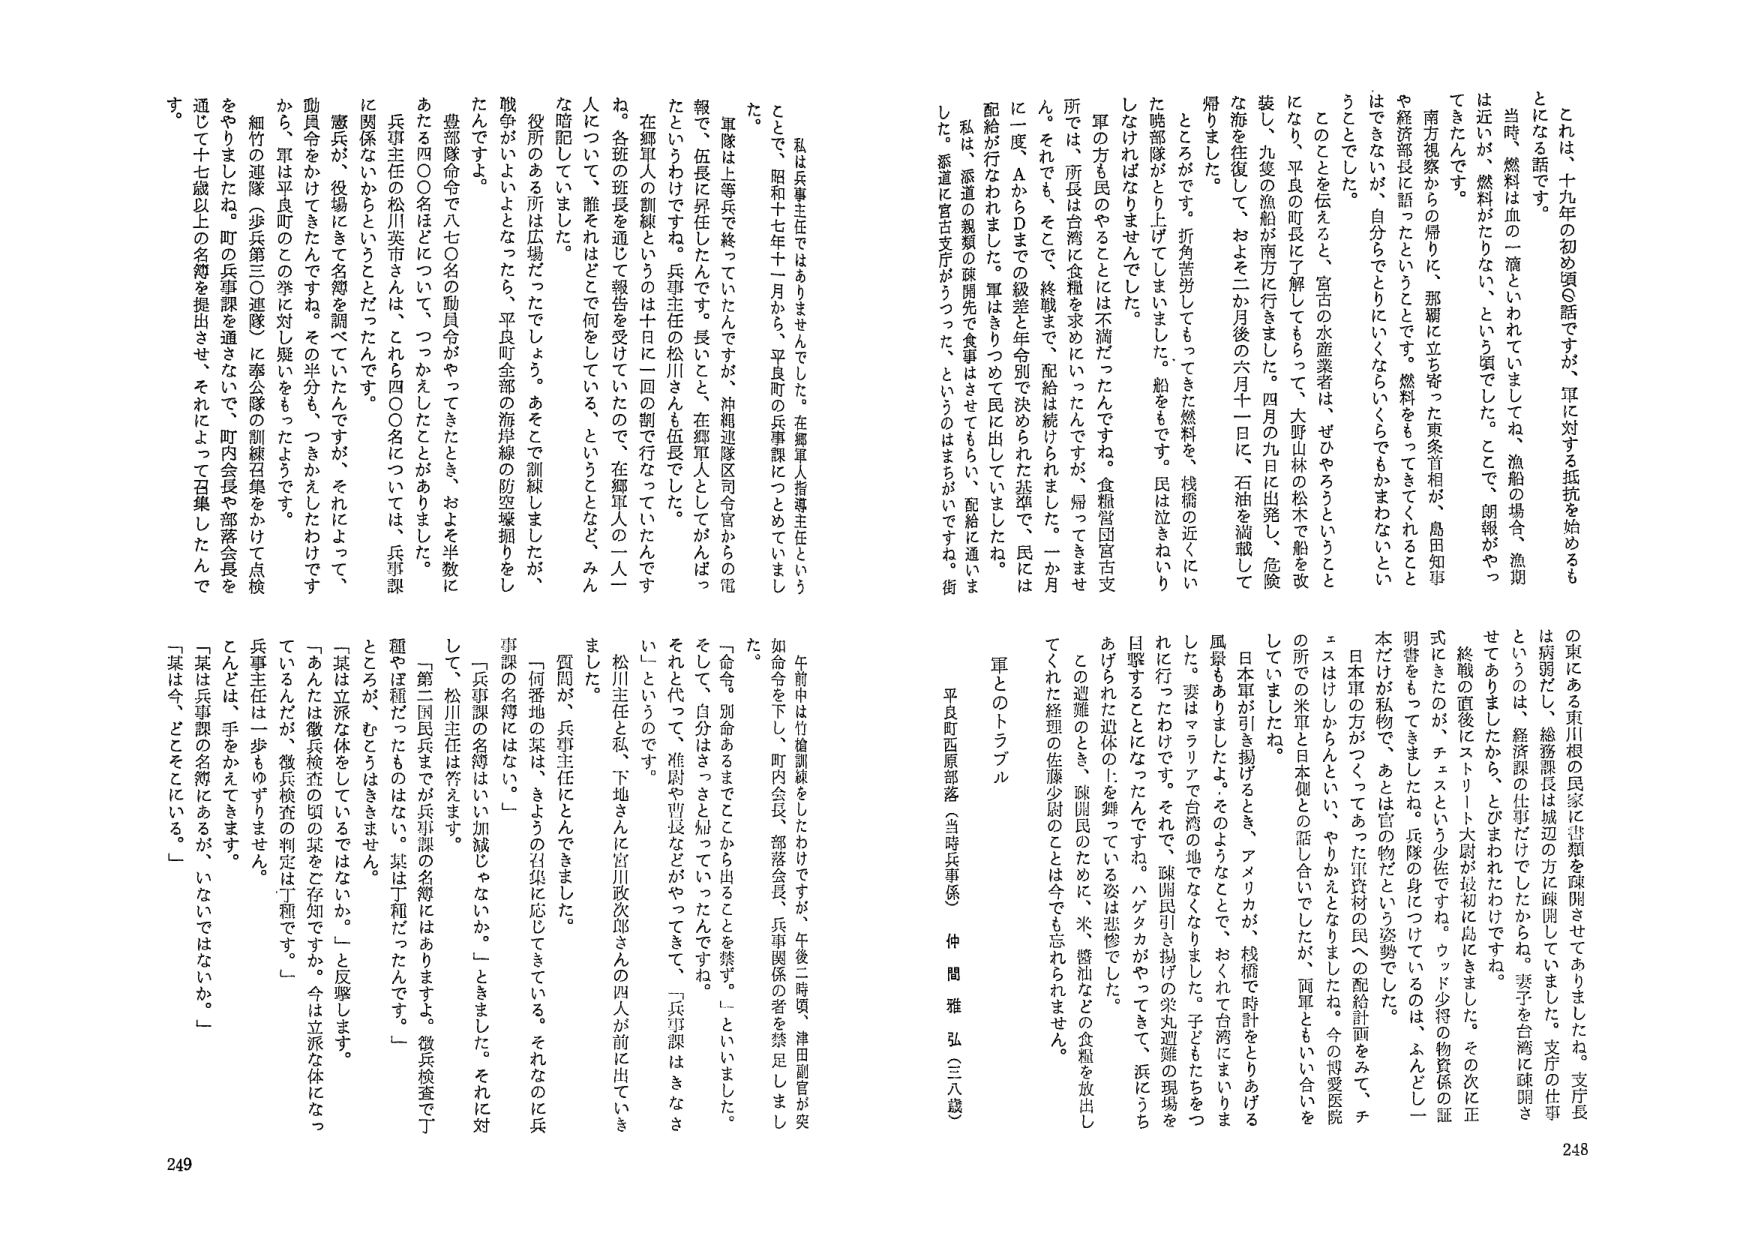
それは、十九年の初め頃の話ですが、軍に対する抵抗を始めることになる話です。

当時、燃料は血の一滴といわれていましたね、漁船の場合、漁期は近いが、燃料がたりない、という頃でした。ここで、朗報がやってきたんです。

南方視察からの帰りに、那覇に立ち寄った東条首相が、島田知事や経済部長に語ったということです。燃料をもってきてくれるとはできないが、自分ですぐにいくらでもかまわないということでした。

このことを伝えると、宮古の水産業者は、ぜかやろうということになり、平良の町長に了解してもらって、大野山林の松木で船を改装し、九隻の漁船が南方に行きました。四月の九日に出発し、危険な海を往復して、およそ二か月後の六月十一日に、石油を満載して帰りました。

ところがです。折角苦労してもってきた燃料を、桟橋の近くにいた哨部隊がとり上げてしまいました。船をもです。民は泣きねいりしなければなりませんでした。

軍の方も民のやることには不満だったんですね。食糧営団宮古支所では、所長は台湾に食糧を求めにいったんですが、帰ってきません。それでも、そこで、終戦まで、配給は続けられました。一か月に一度、ＡからＤまでの級差と年令別で決められた基準で、民には配給が行なわれました。軍はきりつめて民に出していましたね。

私は、派遣の穀類の疎開先で食事はさせてもらい、配給に通いました。派遣に宮古支庁がうつった、というのはまちがいですね。街

私の兵事主任ではありませんでした。在郷軍人指導主任というとて、昭和十七年十一月から、平良町の兵事課につめていました。

軍隊は等兵で終っていたんですが、沖縄巡隊区司令官からの電報で、伍長に昇任したんです。長いこと、在郷軍人としてはったというわけです。兵事主任の松川さんは伍長でした。

在郷軍人の訓練というのは十日に一回の割で行なっていたんですね。各班の班長を通し報告を受けていたので、在郷軍人の一人一人について、誰をれはどこで何をしている、ということなど、みんな暗記していました。

役所のある所は広場だったでしょう。あそこで訓練しましたが、戦争がよいよよなったら、平良町全部の海岸線の防空壕掘りをしたんですよ。

豊部隊命令で八七〇名の動員令がやってきたとき、およそ半数にあたる四〇〇名ほどについて、つっかえしたことがあります。

兵事主任の松川英市さんは、これら四〇〇名については、兵事課に関係ないかということだったんです。

憲兵が、役場にきて名簿を調べていたんですが、それによって、動員令をかけましたんですね。その半分も、つっかえしたわけですから、軍は平良町のこの挙に対し疑いをもったようですね。

細竹の連隊（歩兵第三〇連隊）に奉公隊の訓練召集をかけて点検をやりましたね。町の兵事課を通さないで、町内会長や部落会長を通じて十七歳以上の名簿を提出させ、それによって召集したんです。

の東にある東川根の民家に書類を疎開させてありましたね。支庁長は病弱だし、総務課長は城辺の方に疎開していました。支庁の仕事というのは、経済課の仕事だけでしたからね。妻子を台湾に疎開させたあります。ところが、大尉が最初に島にきました。その次に正終戦の直後にストリート大尉が最初に島にきました。その次に正式にきたのが、チェスという少佐ですね。ウッド少将の物資係の証明書をもってきましたね。兵隊の身についているのは、ふんどし一本だけが私物で、あとは官の物だという姿勢でした。

日本軍の方がつくってあった軍資材の民への配給計画をみて、チェスはけしからんといい、やりかえとなりましたね。今の博愛医院の所での米軍と日本側との話し合いでしたが、両軍ともいい合いをしていましたね。

日本軍が引き揚げるとき、アメリカが、桟橋で時計をとりあげる風景もありましたよ。そのようなことで、おくれて台湾にまいりました。妻はマラリアで台湾の地でなくなりました。子どもたちをつれに行ったわけです。それで、疎開民引き揚げの楽丸遭難の現場を目撃することになったんですね。ハゲタカがやってきて、浜にうちあげられた遺体の上を舞っている姿は悲惨でした。

この遭難のとき、疎開民のために、米、醬油などの食糧を放出してくれた経理の佐藤少尉のことは今でも忘れられません。

軍とのトラブル

平良町西原部落（当時兵事係） 仲間 雅弘（三八歳）

午前中は竹槍訓練をしていたわけですが、午後二時頃、津田副官が突如命令を下し、町内会長、部落会長、兵事関係の者を禁足しました。

「命令、別命あるまでここから出ることを禁ず。」といいました。そして、自分はさっさと帰っていったんですね。

それと代って、准尉や曹長などがやってきて、「兵事課はきなさい」というのです。

松川主任と私、下地さんに宮川政次郎さんの四人が前に出ていきました。

質問が、兵事主任にとんできました。

「何番地の某は、きょうの召集に応じてきている。それなのに兵事課の名簿にはない。」

「兵事課の名簿はいい加減じゃないか。」ときました。それに対して、松川主任は答えます。

「第三国民兵までが兵事課の名簿にはありますよ。徴兵検査で丁種やほ種だったものはない。某は丁種だったんです。」

ところが、むこうはききません。

「某は立派な体をしているではないか。」と反撃します。

「あんたは徴兵検査の頃の某をご存知ですか。今は立派な体になっているんだが、徴兵検査の判定は丁種です。」

兵事主任は、一歩もゆずりません。

こんどは、手をかえてきます。

「某は兵事課の名簿にあるが、いないではないか。」

「某は今、どこそこにいる。」

248
249